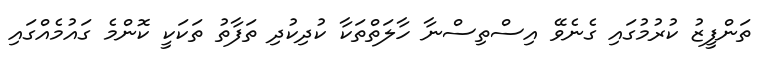
ތަންފީޒު ކުރުމުގައި ގެނެވޭ އިސްތިސްނާ ހާލަތްތަކާ ކުދިކުދި ތަފާތު ތަކަކީ ކޮންމެ ގައުމެއްގައި